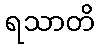
ရသာတိ